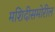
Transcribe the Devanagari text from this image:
मशिदीसमोरील